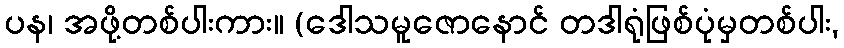
ပန၊ အဖို့တစ်ပါးကား။ (ဒေါသမူဇောနောင် တဒါရုံဖြစ်ပုံမှတစ်ပါး,